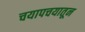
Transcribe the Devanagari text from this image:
चयापचयातून